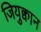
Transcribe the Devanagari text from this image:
जियुक्वान